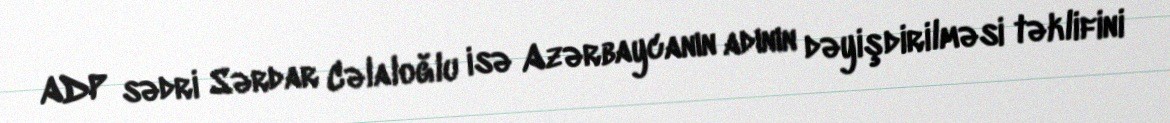
ADP sədri Sərdar Cəlaloğlu isə Azərbaycanın adının dəyişdirilməsi təklifini